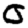
Digit: 0